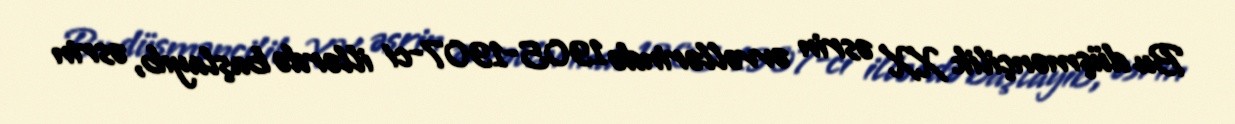
Bu düşmənçilik XX əsrin əvvəllərində 1905-1907-ci illərdə başlayıb, əsrin